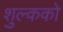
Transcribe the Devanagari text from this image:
शुल्कको